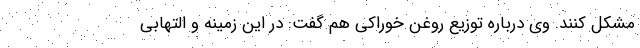
مشکل کنند. وی درباره توزیع روغن خوراکی هم گفت: در این زمینه و التهابی